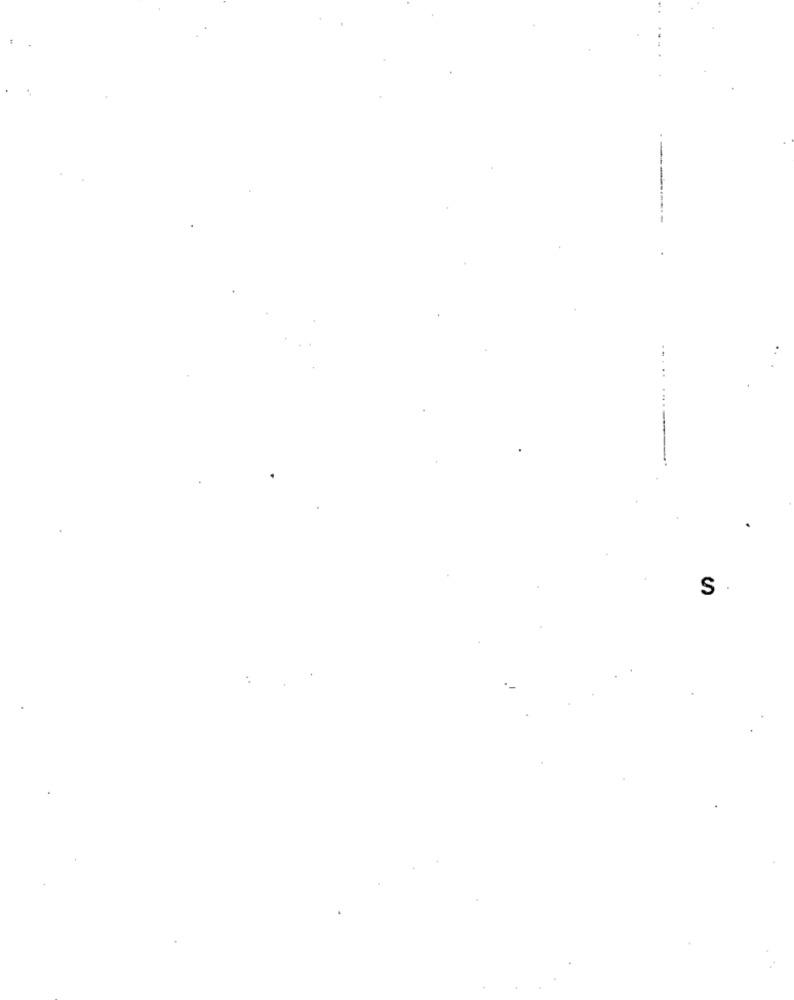
S